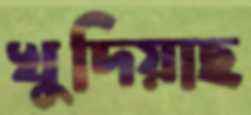
খুদিয়াছ